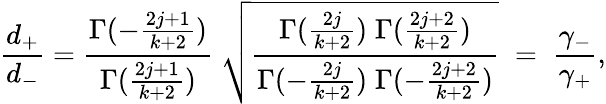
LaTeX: \frac{d_{+}}{d_{-}}=\frac{\Gamma(-\frac{2j+1}{k+2})}{\Gamma(\frac{2j+1}{k+2})}\; \sqrt{\frac{\Gamma(\frac{2j}{k+2})\; \Gamma(\frac{2j+2}{k+2})}{\Gamma(-\frac{2j}{k+2})\; \Gamma(-\frac{2j+2}{k+2})}}\; =\; \frac{\gamma_{-}}{\gamma_{+}},